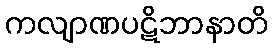
ကလျာဏပဋိဘာနာတိ